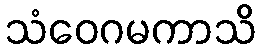
သံဝေဂမကာသိ